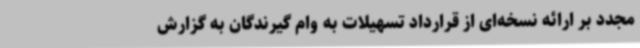
مجدد بر ارائه نسخه‌ای از قرارداد تسهیلات به وام گیرندگان به گزارش